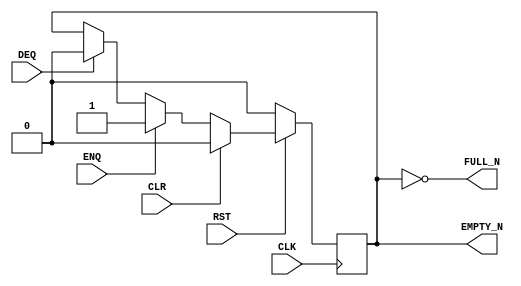

`ifdef BSV_ASSIGNMENT_DELAY
`else
  `define BSV_ASSIGNMENT_DELAY
`endif

`ifdef BSV_POSITIVE_RESET
  `define BSV_RESET_VALUE 1'b1
  `define BSV_RESET_EDGE posedge
`else
  `define BSV_RESET_VALUE 1'b0
  `define BSV_RESET_EDGE negedge
`endif


`ifdef BSV_ASYNC_RESET
 `define BSV_ARESET_EDGE_META or `BSV_RESET_EDGE RST
`else
 `define BSV_ARESET_EDGE_META
`endif


// Depth 1 FIFO data size 0!
module FIFO10(CLK,
              RST,
              ENQ,
              FULL_N,
              DEQ,
              EMPTY_N,
              CLR
              );

   parameter guarded = 1'b1;

   input                  CLK;
   input                  RST;
   input                  ENQ;
   input                  DEQ;
   input                  CLR ;

   output                 FULL_N;
   output                 EMPTY_N;

   reg                    empty_reg ;

   assign                 EMPTY_N = empty_reg ;

`ifdef BSV_NO_INITIAL_BLOCKS
`else // not BSV_NO_INITIAL_BLOCKS
   // synopsys translate_off
   initial
     begin
        empty_reg = 1'b0;
     end // initial begin
   // synopsys translate_on
`endif // BSV_NO_INITIAL_BLOCKS


   assign FULL_N = !empty_reg;

   always@(posedge CLK `BSV_ARESET_EDGE_META)
     begin
        if (RST == `BSV_RESET_VALUE)
          begin
             empty_reg <= `BSV_ASSIGNMENT_DELAY 1'b0;
          end // if (RST == `BSV_RESET_VALUE)
        else
           begin
              if (CLR)
                begin
                   empty_reg <= `BSV_ASSIGNMENT_DELAY 1'b0;
                end
              else if (ENQ)
                begin
                   empty_reg <= `BSV_ASSIGNMENT_DELAY 1'b1;
                end
              else if (DEQ)
                begin
                   empty_reg <= `BSV_ASSIGNMENT_DELAY 1'b0;
                end // if (DEQ)
           end // else: !if(RST == `BSV_RESET_VALUE)
     end // always@ (posedge CLK or `BSV_RESET_EDGE RST)

   // synopsys translate_off
   always@(posedge CLK)
     begin: error_checks
        reg deqerror, enqerror ;

        deqerror =  0;
        enqerror = 0;
        if (RST == ! `BSV_RESET_VALUE)
           begin
              if ( ! empty_reg && DEQ )
                begin
                   deqerror = 1 ;
                   $display( "Warning: FIFO10: %m -- Dequeuing from empty fifo" ) ;
                end
              if ( ! FULL_N && ENQ && (!DEQ || guarded) )
                begin
                   enqerror =  1 ;
                   $display( "Warning: FIFO10: %m -- Enqueuing to a full fifo" ) ;
                end
           end // if (RST == ! `BSV_RESET_VALUE)
     end
   // synopsys translate_on

endmodule